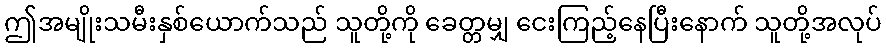
ဤအမျိုးသမီးနှစ်ယောက်သည် သူတို့ကို ခေတ္တမျှ ငေးကြည့်နေပြီးနောက် သူတို့အလုပ်